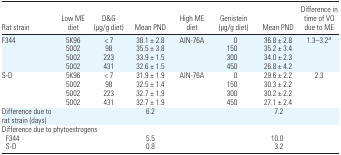
<table><thead><tr><td><b>Rat strain</b></td><td><b>Low ME diet</b></td><td><b>D&amp;G (μg/g diet)</b></td><td><b>Mean PND</b></td><td><b>High ME diet</b></td><td><b>Genistein (μg/g diet)</b></td><td><b>Mean PND</b></td><td><b>Difference in time of VO due to ME</b></td></tr></thead><tbody><tr><td>F344</td><td>5K96</td><td>&lt; 7</td><td>38.1 ± 2.8</td><td>AIN-76A</td><td>0</td><td>36.8 ± 2.8</td><td>1.3–3.2a</td></tr><tr><td></td><td>5002</td><td>98</td><td>35.5 ± 3.8</td><td></td><td>150</td><td>35.2 ± 3.4</td><td></td></tr><tr><td></td><td>5002</td><td>223</td><td>33.9 ± 1.5</td><td></td><td>300</td><td>34.0 ± 2.3</td><td></td></tr><tr><td></td><td>5002</td><td>431</td><td>32.6 ± 1.5</td><td></td><td>450</td><td>26.8 ± 4.2</td><td></td></tr><tr><td>S-D</td><td>5K96</td><td>&lt; 7</td><td>31.9 ± 1.9</td><td>AIN-76A</td><td>0</td><td>29.6 ± 2.2</td><td>2.3</td></tr><tr><td></td><td>5002</td><td>98</td><td>32.5 ± 1.4</td><td></td><td>150</td><td>30.3 ± 2.2</td><td></td></tr><tr><td></td><td>5002</td><td>223</td><td>32.7 ± 1.9</td><td></td><td>300</td><td>30.2 ± 2.2</td><td></td></tr><tr><td></td><td>5002</td><td>431</td><td>32.7 ± 1.9</td><td></td><td>450</td><td>27.1 ± 2.4</td><td></td></tr><tr><td>Difference due to rat strain (days)</td><td></td><td></td><td>6.2</td><td></td><td></td><td>7.2</td><td></td></tr><tr><td colspan="8">Difference due to phytoestrogens</td></tr><tr><td> F344</td><td></td><td></td><td>5.5</td><td></td><td></td><td>10.0</td><td></td></tr><tr><td> S-D</td><td></td><td></td><td>0.8</td><td></td><td></td><td>3.2</td><td></td></tr></tbody></table>